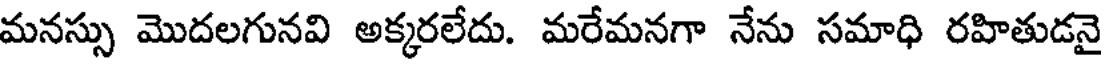
మనస్సు మొదలగునవి అక్కరలేదు. మరేమనగా నేను సమాధి రహితుడనై